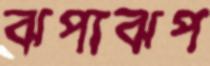
ঝপাঝপ